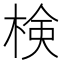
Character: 検